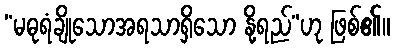
“မဓုရံချိုသောအရသာရှိသော နို့ရည်”ဟု ဖြစ်၏။